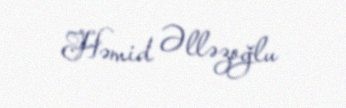
Həmid Əlləzoğlu